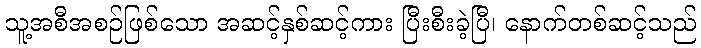
သူ့အစီအစဉ်ဖြစ်သော အဆင့်နှစ်ဆင့်ကား ပြီးစီးခဲ့ပြီ၊ နောက်တစ်ဆင့်သည်